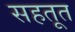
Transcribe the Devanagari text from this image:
सहतूत